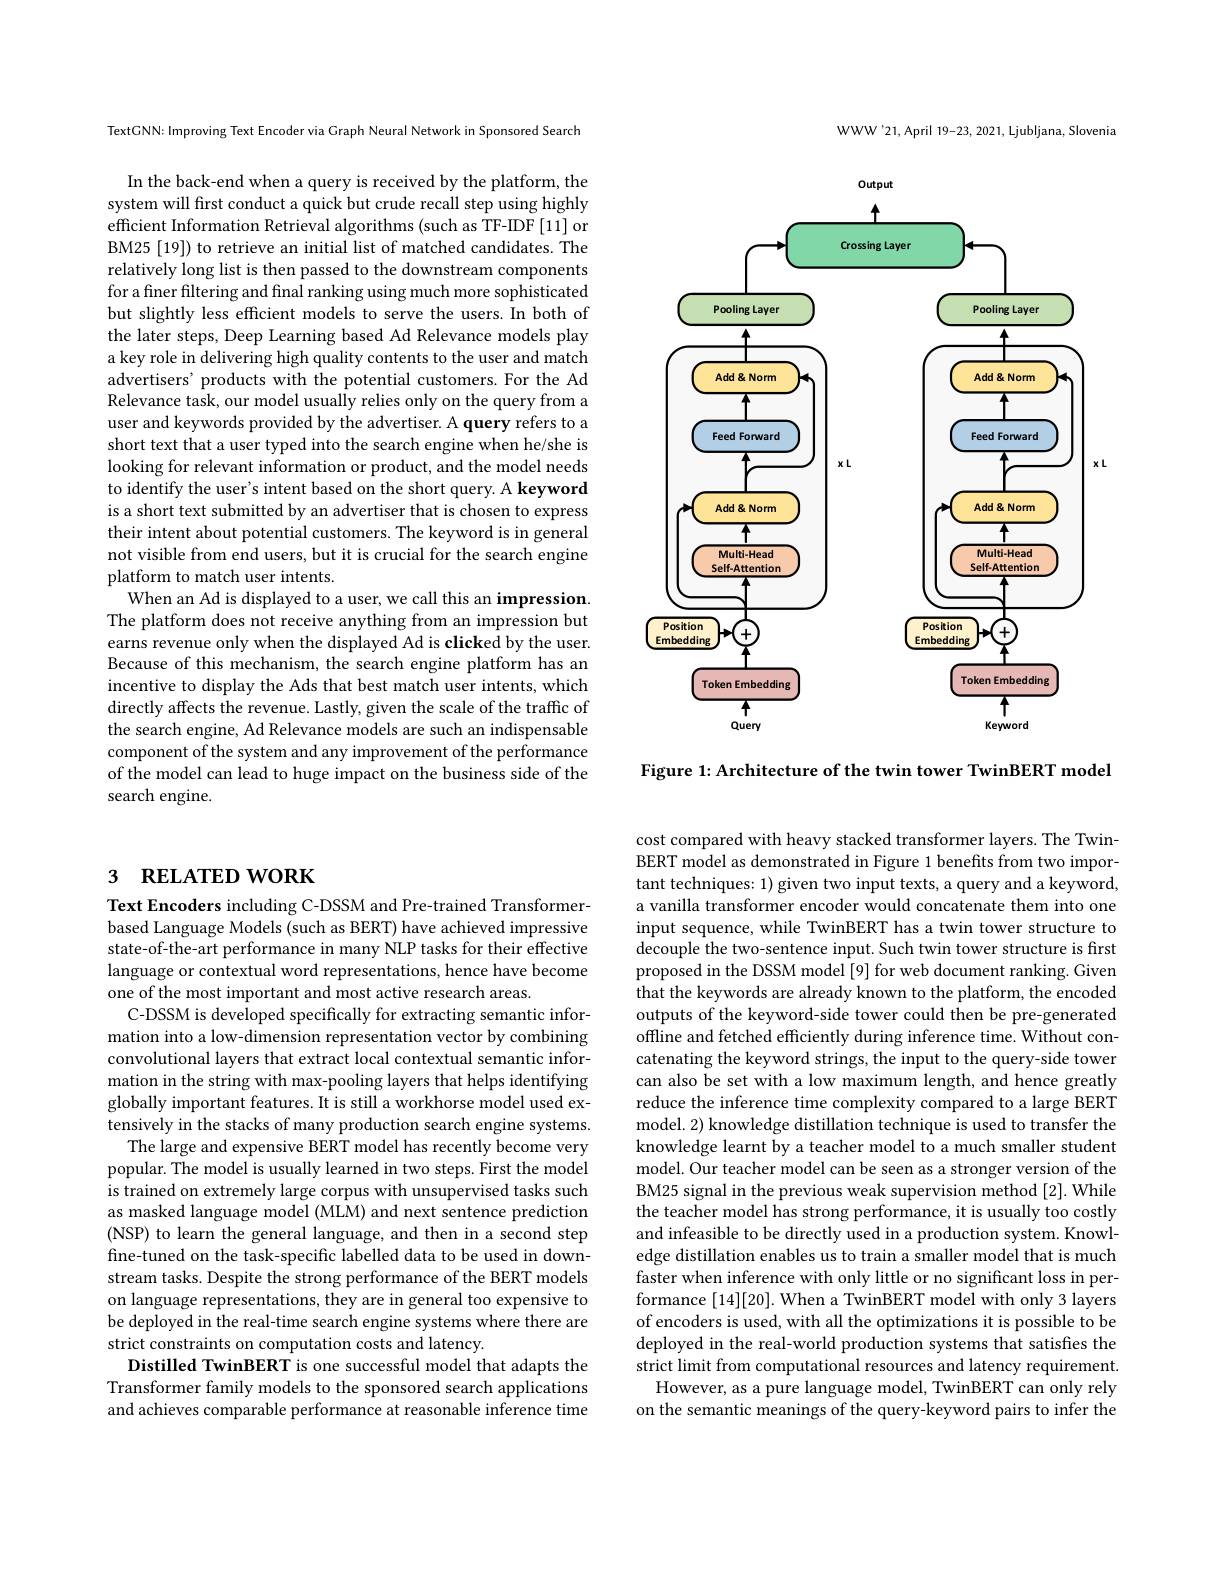
## 3 RELATED WORK

Text Encoders including C-DSSM and Pre-trained Transformerbased Language Models (such as BERT) have achieved impressive state-of-the-art performance in many NLP tasks for their effective $\hat{\text{language or contextual word representations, hence have become}}$ one of the most important and most active research areas.
C-DSSM is developed specifically for extracting semantic information into a low-dimension representation vector by combining convolutional layers that extract local contextual semantic information in the string with max-pooling layers that helps identifying globally important features. It is still a workhorse model used extensively in the stacks of many production search engine systems
The large and expensive BERT model has recently become very popular. The model is usually learned in two steps. First the model is trained on extremely large corpus with unsupervised tasks such as masked language model (MLM) and next sentence prediction (NSP) to learn the general language, and then in a second step fine-tuned on the task-specific labelled data to be used in downstream tasks. Despite the strong performance of the BERT models on language representations, they are in general too expensive to be deployed in the real-time search engine systems where there are strict constraints on computation costs and latency.
Distilled TwinBERT is one successful model that adapts the Transformer family models to the sponsored search applications and achieves comparable performance at reasonable inference time

TextGNN: Improving Text Encoder via Graph Neural Network in Sponsored Search

In the back-end when a query is received by the platform, the system will first conduct a quick but crude recall step using highly efficient Information Retrieval algorithms (such as TF-IDF[11] or BM25 [19]) to retrieve an initial list of matched candidates. The relatively long list is then passed to the downstream components for a finer filtering and final ranking using much more sophisticated but slightly less efficient models to serve the users. In both of the later steps, Deep Learning based Ad Relevance models play a key role in delivering high quality contents to the user and match advertisers' products with the potential customers. For the Ad Relevance task, our model usually relies only on the query from a user and keywords provided by the advertiser. A query refers to a short text that a user typed into the search engine when he/she is looking for relevant information or product, and the model needs to identify the user's intent based on the short query. A keyword is a short text submitted by an advertiser that is chosen to express their intent about potential customers. The keyword is in general not visible from end users, but it is crucial for the search engine platform to match user intents.
When an Ad is displayed to a user, we call this an impression. The platform does not receive anything from an impression but earns revenue only when the displayed Ad is clicked by the user. Because of this mechanism, the search engine platform has an incentive to display the Ads that best match user intents, which directly affects the revenue. Lastly, given the scale of the traffic of the search engine, Ad Relevance models are such an indispensable component of the system and any improvement of the performance of the model can lead to huge impact on the business side of the search engine.

WWW'21,April 19-23, 2021, Ljubljana, Slovenia

<FigureHere>

Figure 1: Architecture of the twin tower TwinBERT model

cost compared with heavy stacked transformer layers. The TwinBERT model as demonstrated in Figure 1 benefits from two important techniques: 1) given two input texts, a query and a keyword, a vanilla transformer encoder would concatenate them into one input sequence, while TwinBERT has a twin tower structure to decouple the two-sentence input. Such twin tower structure is first proposed in the DSSM model[9] for web document ranking. Given that the keywords are already known to the platform, the encoded outputs of the keyword-side tower could then be pre-generated offline and fetched efficiently during inference time. Without concatenating the keyword strings, the input to the query-side tower can also be set with a low maximum length, and hence greatly reduce the inference time complexity compared to a large BERT model. 2) knowledge distillation technique is used to transfer the knowledge learnt by a teacher model to a much smaller student model. Our teacher model can be seen as a stronger version of the BM25 signal in the previous weak supervision method [2]. While the teacher model has strong performance, it is usually too costly and infeasible to be directly used in a production system. Knowledge distillation enables us to train a smaller model that is much faster when inference with only little or no significant loss in performance [14][20]. When a TwinBERT model with only 3 layers of encoders is used, with all the optimizations it is possible to be deployed in the real-world production systems that satisfies the strict limit from computational resources and latency requirement.
However, as a pure language model, TwinBERT can only rely on the semantic meanings of the query-keyword pairs to infer the